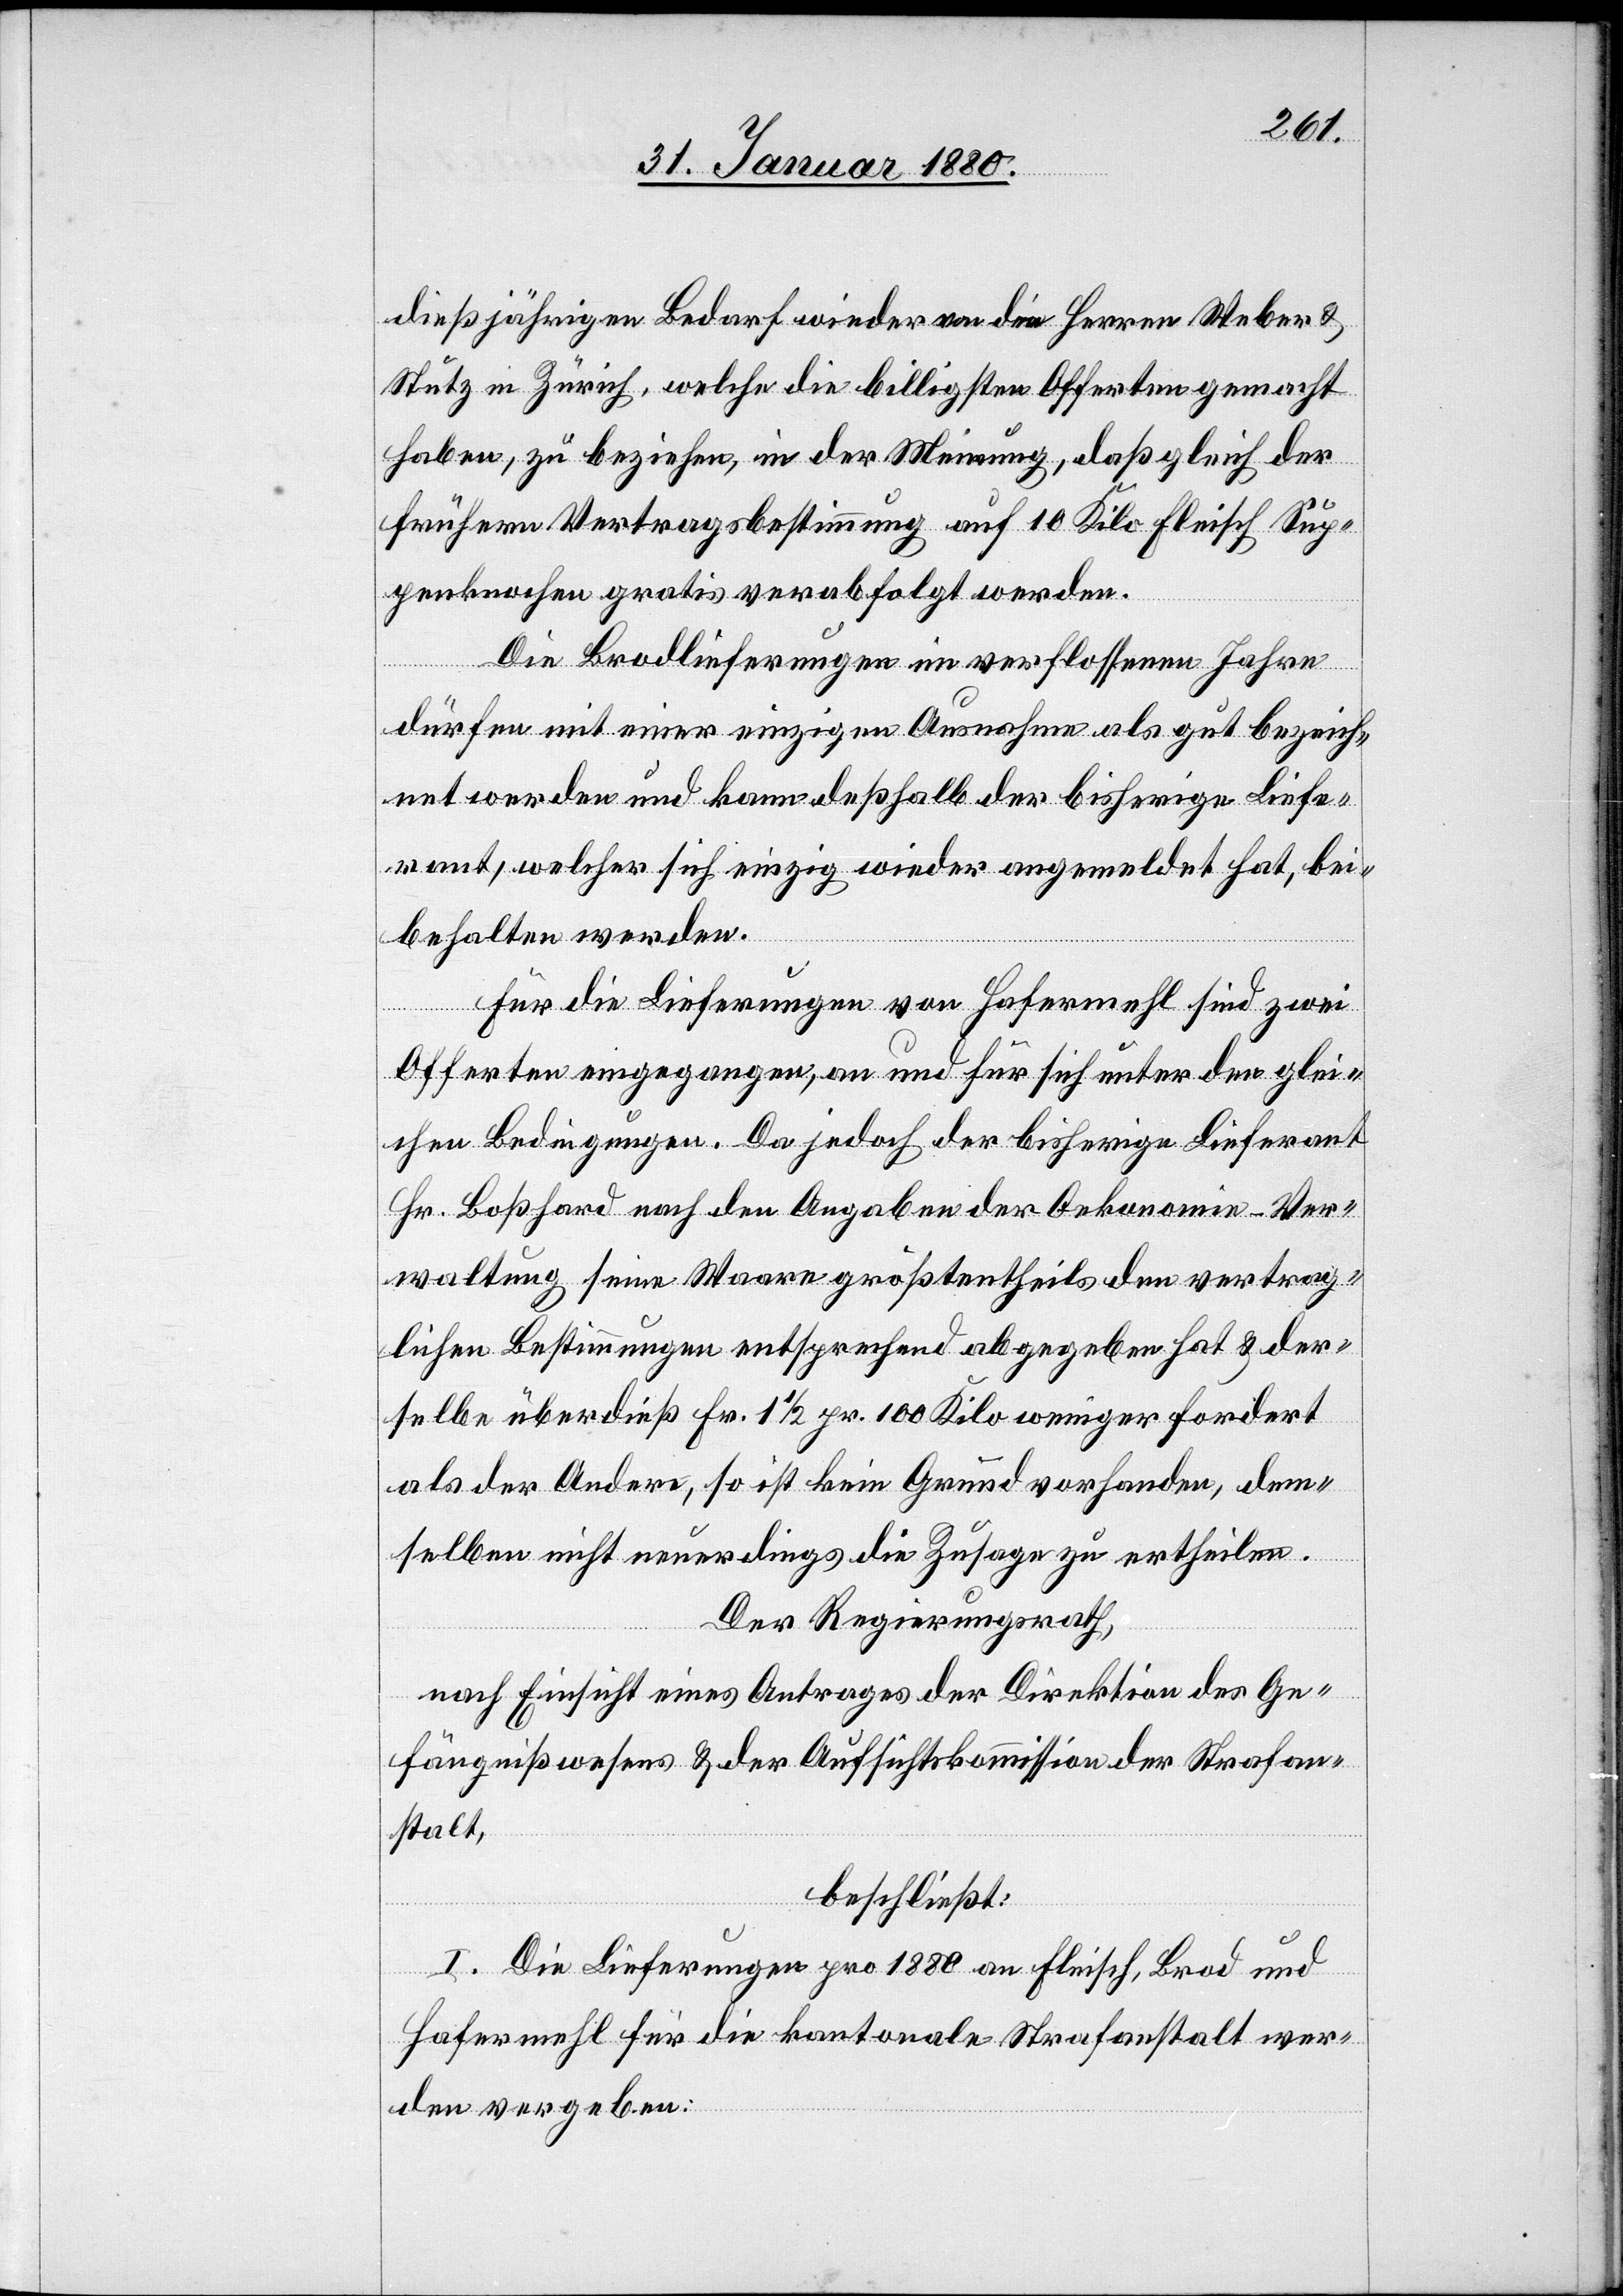
dießjährigen Bedarf wieder von den Herren Weber &
Stutz in Zürich, welche die billigsten Offerten gemacht
haben, zu beziehen, in der Meinung, daß gleich der
frühern Vertragsbestimmung auf 10 Kilo Fleisch Sup¬
penknochen gratis verabfolgt werden.
Die Brodlieferungen im verflossenen Jahre
dürfen mit einer einzigen Ausnahme als gut bezeich¬
net werden und kann deßhalb der bisherige Liefe¬
rant, welcher sich einzig wieder angemeldet hat, bei¬
behalten werden.
Für die Lieferungen von Hafermehl sind zwei
Offerten eingegangen, an und für sich unter den glei¬
chen Bedingungen. Da jedoch der bisherige Lieferant
Hr. Boßhard nach den Angaben der Oekonomie-Ver¬
waltung seine Waare größtentheils den vertrag¬
lichen Bestimmungen entsprechend abgegeben hat & der¬
selbe überdieß Fr. 1 1/2 pr. 100 Kilo weniger fordert,
als der Andere, so ist kein Grund vorhanden, dem¬
selben nicht neuerdings die Zusage zu ertheilen.
Der Regierungsrath,
nach Einsicht eines Antrages der Direktion des Ge¬
fängnißwesens & der Aufsichtskommission der Strafan¬
stalt,
beschließt:
I. Die Lieferungen pro 1880 an Fleisch, Brod und
Hafermehl für die kantonale Strafanstalt wer¬
den vergeben: